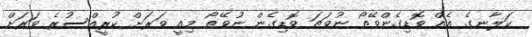
ކަލާނގެ އެއް ވޮޑިގެންވޭތޯ ނުވަތަ ވޮޑިގެން ނުވޭތޯ މިއީ ވަރަށް ކުރީއްސުރެ ވަރަށް